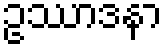
ဥဿာဒနာ